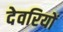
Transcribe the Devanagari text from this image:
देवरियों